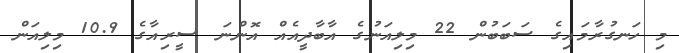
މި ހަނގުރާމައިގެ ސަބަބުން 22 މިލިއަނުގެ އާބާދީއެއް އޮންނަ ސީރިއާގެ 10.9 މިލިއަން